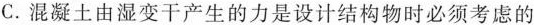
C.混凝土由湿变干产生的力是设计结构物时必须考虑的